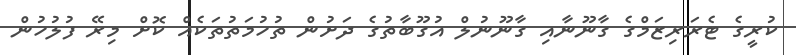
ކުރީގެ ޓެރަރިޒަމްގެ ގާނޫނާއި ގާނޫނުލް އުގޫބާތުގެ ދަށުން ތުހުމަތުތަކެއް ކޮށް މިރޭ ފުލުހުން